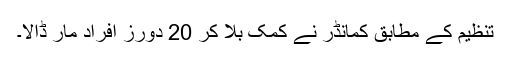
تنظیم کے مطابق کمانڈر نے کمک بلا کر 20 دورز افراد مار ڈالا۔